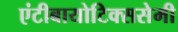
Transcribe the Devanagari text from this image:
एंटीबायोटिक्ससेमी